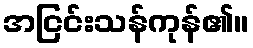
အငြင်းသန်ကုန်၏။